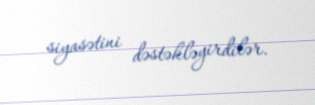
siyasətini dəstəkləyirdilər.